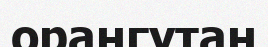
орангутан